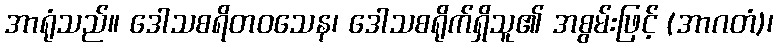
အာရုံသည်။ ဒေါသစရိတဝသေန၊ ဒေါသစရိုက်ရှိသူ၏ အစွမ်းဖြင့် (အာဂတံ)၊